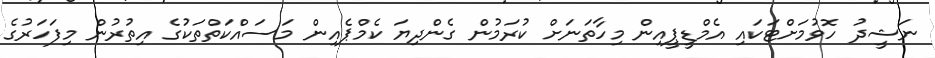
ނަޝީދު ހޮވުމަށްޓަކައި އެމްޑީޕީއިން މިހާތަނަށް ކުރަމުން ގެންދިޔަ ކެމްޕެއިން މަސައްކަތްތަކުގެ އިތުރުން މިފަހަރުގެ